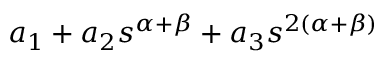
a _ { 1 } + a _ { 2 } s ^ { \alpha + \beta } + a _ { 3 } s ^ { 2 \left( \alpha + \beta \right) }